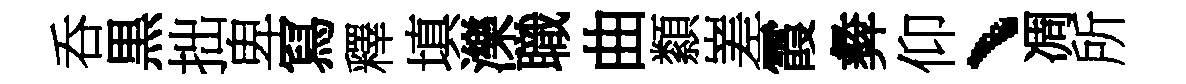
呑黒拙卑冩釋填濼職曲纇嵳霞彜仰、凋所